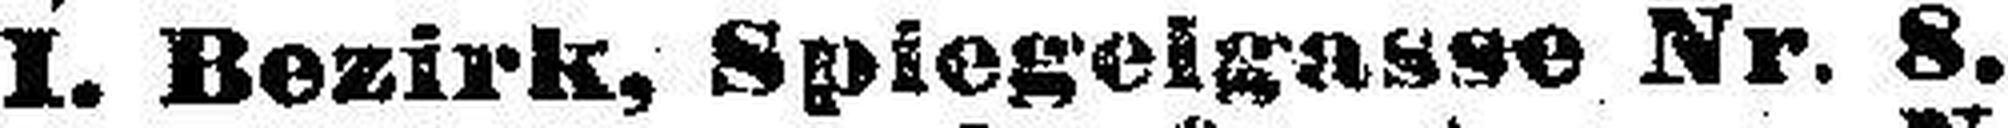
I. Bezirk, Spiegelgasse Nr. 8.